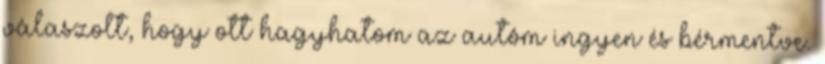
válaszolt, hogy ott hagyhatom az autóm ingyen és bérmentve.